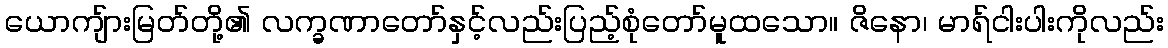
ယောကျ်ားမြတ်တို့၏ လက္ခဏာတော်နှင့်လည်းပြည့်စုံတော်မူထသော။ ဇိနော၊ မာရ်ငါးပါးကိုလည်း